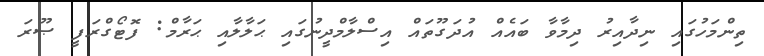
ތިންމަހުގައި ނިދާއިރު ދިމާވާ ބައެއް އުދަގޫތައް އިސްލާމްދީނުގައި ޙަލާލާއި ޙަރާމް: ފޮޓޯގްރަފީ ޞޫރަ